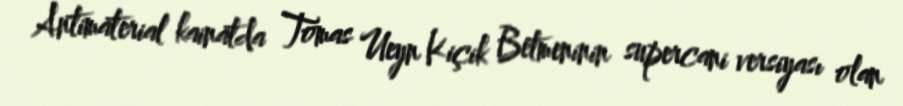
Antimaterial kainatda Tomas Ueyn Kiçik Betmeninin supercani versiyası olan